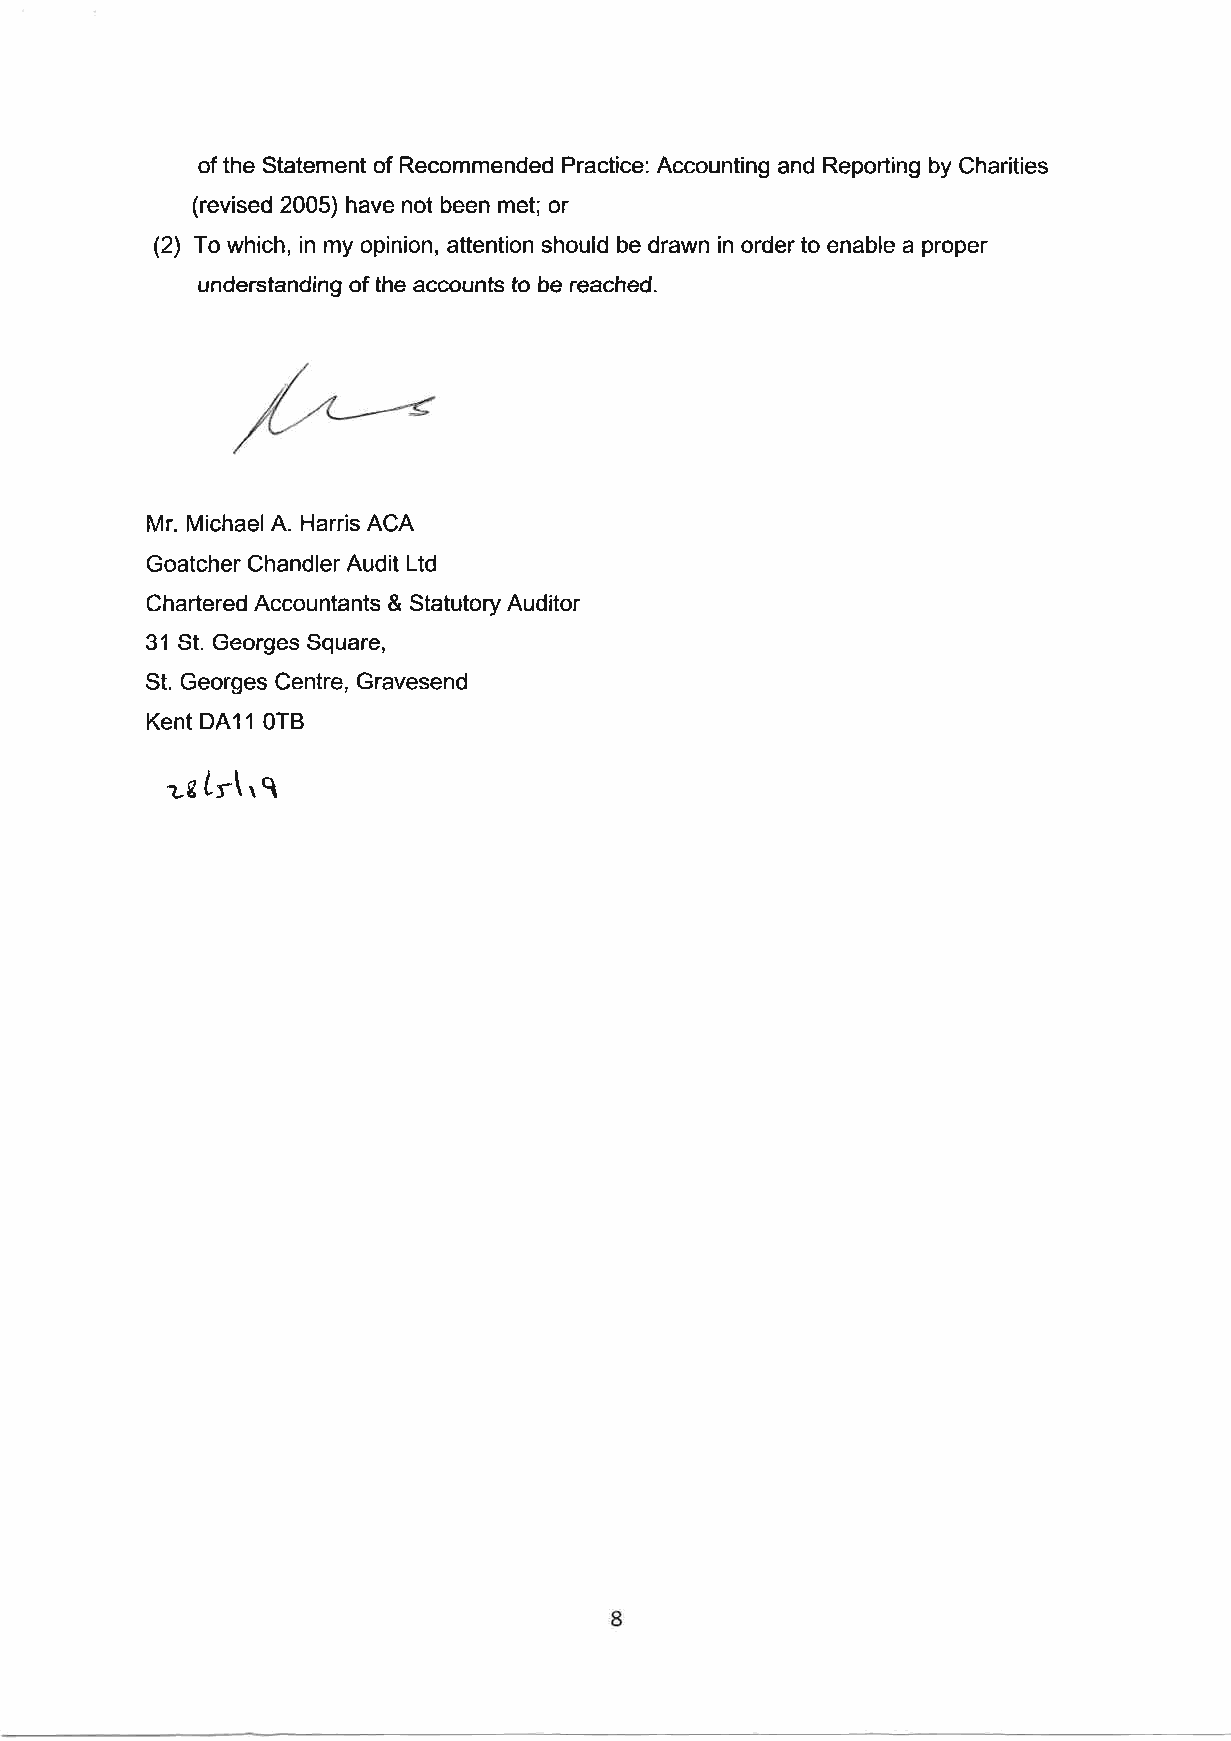
of the Statement of Recommended Practice: Accounting and Reporting by Charities
 (revised 2005) have not been met; or
 (2) To which, in my opinion, attention should be drawn in order to enable a proper
 understanding of the accounts to be reached.
 Mr. MichaelA. Harris ACA
 Goatcher Chandler Audit Ltd
 Chartered Accountants & Statutory Auditor
 31 St. Georges Square,
 St. Georges Centre, Gravesend
 Kent DA11 0TB
 zetr\r1